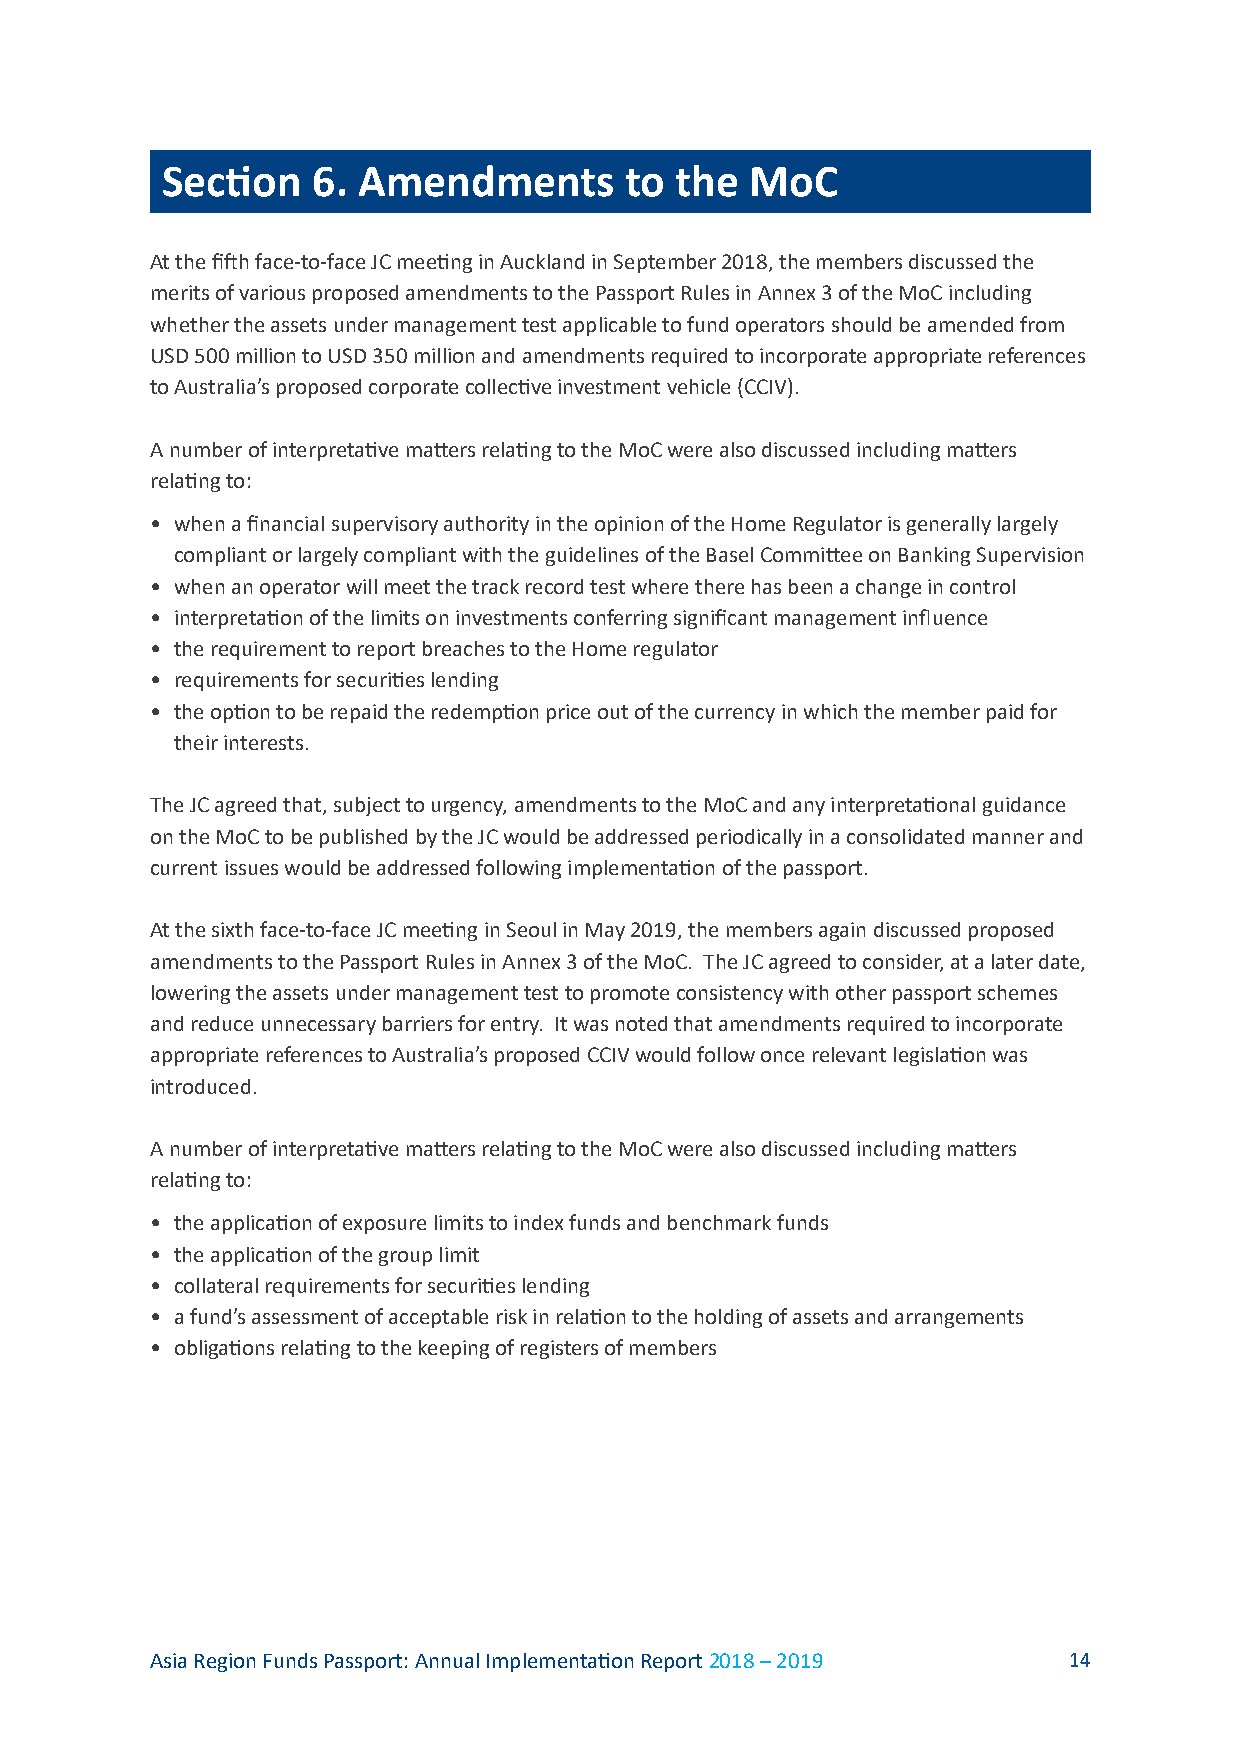
Section   6. Amendments       to  the  MoC
 At the fifth face-to-face JC meeting in Auckland in September 2018, the members discussed the
 merits of various proposed amendments to the Passport Rules in Annex 3 of the MoC including
 whether the assets under management test applicable to fund operators should be amended from
 USD 500 million to USD 350 million and amendments required to incorporate appropriate references
 to Australia’s proposed corporate collective investment vehicle (CCIV).
 A number of interpretative matters relating to the MoC were also discussed including matters
 relating to:
 • when a financial supervisory authority in the opinion of the Home Regulator is generally largely
 compliant or largely compliant with the guidelines of the Basel Committee on Banking Supervision
 • when an operator will meet the track record test where there has been a change in control
 • interpretation of the limits on investments conferring significant management influence
 • the requirement to report breaches to the Home regulator
 • requirements for securities lending
 • the option to be repaid the redemption price out of the currency in which the member paid for
 their interests.
 The JC agreed that, subject to urgency, amendments to the MoC and any interpretational guidance
 on the MoC to be published by the JC would be addressed periodically in a consolidated manner and
 current issues would be addressed following implementation of the passport.
 At the sixth face-to-face JC meeting in Seoul in May 2019, the members again discussed proposed
 amendments to the Passport Rules in Annex 3 of the MoC. The JC agreed to consider, at a later date,
 lowering the assets under management test to promote consistency with other passport schemes
 and reduce unnecessary barriers for entry. It was noted that amendments required to incorporate
 appropriate references to Australia’s proposed CCIV would follow once relevant legislation was
 introduced.
 A number of interpretative matters relating to the MoC were also discussed including matters
 relating to:
 • the application of exposure limits to index funds and benchmark funds
 • the application of the group limit
 • collateral requirements for securities lending
 • a fund’s assessment of acceptable risk in relation to the holding of assets and arrangements
 • obligations relating to the keeping of registers of members
 Asia Region Funds Passport: Annual Implementation Report 2018 – 2019 14